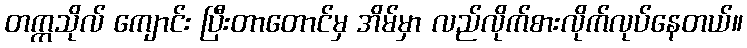
တက္ကသိုလ် ကျောင်း ပြီးတာတောင်မှ အိမ်မှာ လည်လိုက်စားလိုက်လုပ်နေတယ်။